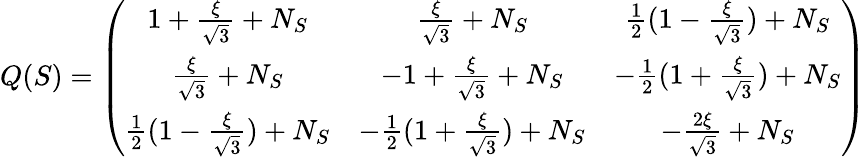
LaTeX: Q(S)=\left(\begin{array}{ccc}{{1+\frac{\xi}{\sqrt 3}+N_{S}}}&{{\frac{\xi}{\sqrt 3}+N_{S}}}&{{\frac{1}{2}(1-\frac{\xi}{\sqrt 3})+N_{S}}}\\ {{\frac{\xi}{\sqrt 3}+N_{S}}}&{{-1+\frac{\xi}{\sqrt 3}+N_{S}}}&{{-\frac{1}{2}(1+\frac{\xi}{\sqrt 3})+N_{S}}}\\ {{\frac{1}{2}(1-\frac{\xi}{\sqrt 3})+N_{S}}}&{{-\frac{1}{2}(1+\frac{\xi}{\sqrt 3})+N_{S}}}&{{-\frac{2\xi}{\sqrt 3}+N_{S}}}\end{array}\right)